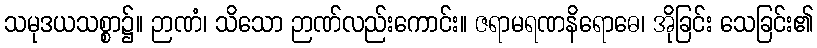
သမုဒယသစ္စာ၌။ ဉာဏံ၊ သိသော ဉာဏ်လည်းကောင်း။ ဇရာမရဏနိရောဓေ၊ အိုခြင်း သေခြင်း၏